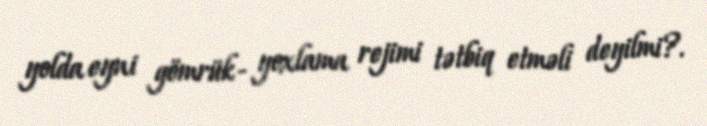
yolda eyni gömrük- yoxlama rejimi tətbiq etməli deyilmi?.